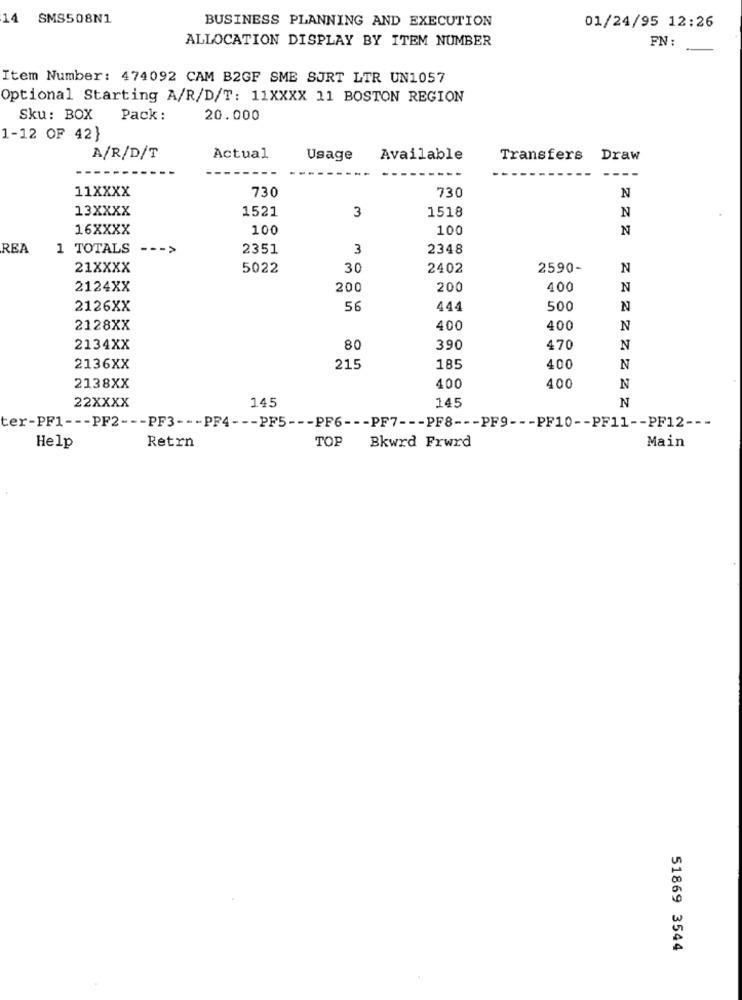
14 SMS508N1
BUSINESS PLANNING AND EXECUTION
01/24/95 12:26
ALLOCATION DISPLAY BY ITEM NUMBER
FN :
Item Number: 474092 CAM B2GF SME SURT LTR UN1057
Optional Starting A/R/D/T: 11XXXX 11 BOSTON REGION
Sku: BOX Pack:
20.000
1-12 OF 42}
A/R/D/T
Actual
Usage
Available
Transfers
Draw
---
11XXXX
730
730
N
13XXXX
1521
3
N
1518
16XXXX
100
100
N
REA
1 TOTALS --- >
2351
3
2348
21XXXX
5022
30
2402
2590-
N
2124XX
200
200
400
N
2126XX
56
444
500
N
2128XX
400
400
N
2134XX
80
390
470
N
2136XX
215
185
400
N
2138XX
400
400
N
N
22XXXX
145
145
ter-PF1 --- PF2 --- PF3 --- PF4 --- PF5 --- PF6 --- PF7 --- PF8 --- PF9 --- PF10 -- PF11 -- PF12 ---
Retrn
Help
TOP Bkwrd Frwrd
Main
51869 3544